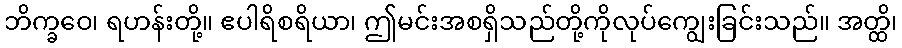
ဘိက္ခဝေ၊ ရဟန်းတို့။ ဧပါရိစရိယာ၊ ဤမင်းအစရှိသည်တို့ကိုလုပ်ကျွေးခြင်းသည်။ အတ္ထိ၊